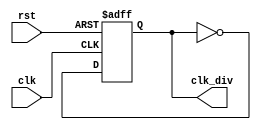
module clock_divider (
    input clk, rst,
    output reg clk_div
    );

always @ (posedge(clk), posedge(rst))
begin
    if (rst) clk_div <= 0;
    else clk_div <= !clk_div;
end
endmodule